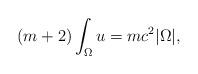
LaTeX: \begin{align*} (m+2)\int_{\Omega} u = m c^{2}|\Omega|,\end{align*}